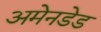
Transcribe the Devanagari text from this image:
अमेनडेड